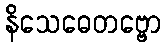
နိသေဓေတဗ္ဗော